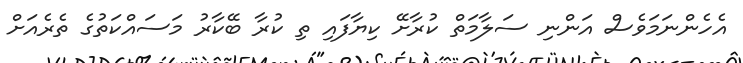
އެހެންނަމަވެސް އަންނި ސަލާމަތް ކުރާށޭ ކިޔާފައި ތި ކުރާ ބޭކާރު މަސައްކަތުގެ ތެރެއަށް